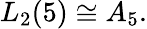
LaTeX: L_{2}(5)\cong A_{5}.